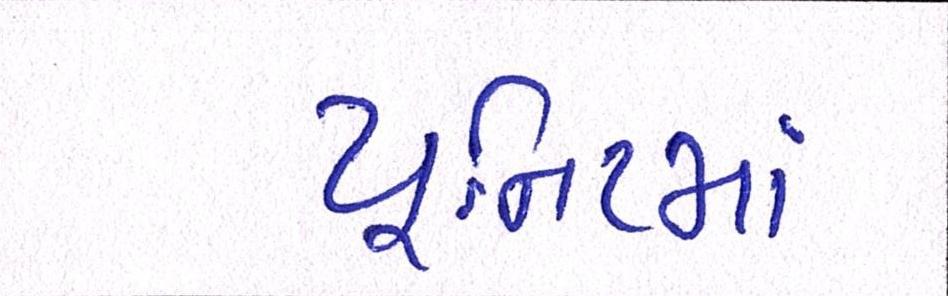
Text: યૂનિટમાં